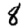
Digit: 8